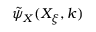
\tilde { \psi } _ { X } ( X _ { \xi } , k )